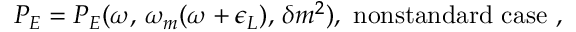
P _ { E } = P _ { E } ( \omega , \, \omega _ { m } ( \omega + \epsilon _ { L } ) , \, \delta m ^ { 2 } ) , \ \mathrm { n o n s t a n d a r d \ c a s e } \ ,